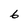
Character: 6